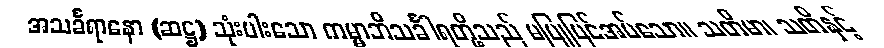
အသင်္ခရာနော (ဆဋ္ဌ) သုံးပါးသော ကမ္မာဘိသင်္ခါရတို့သည် မပြုပြင်အပ်သော။ သတိမာ၊ သတိနှင့်